Report of the Bombay Plague Committee
Disease focus: Plague
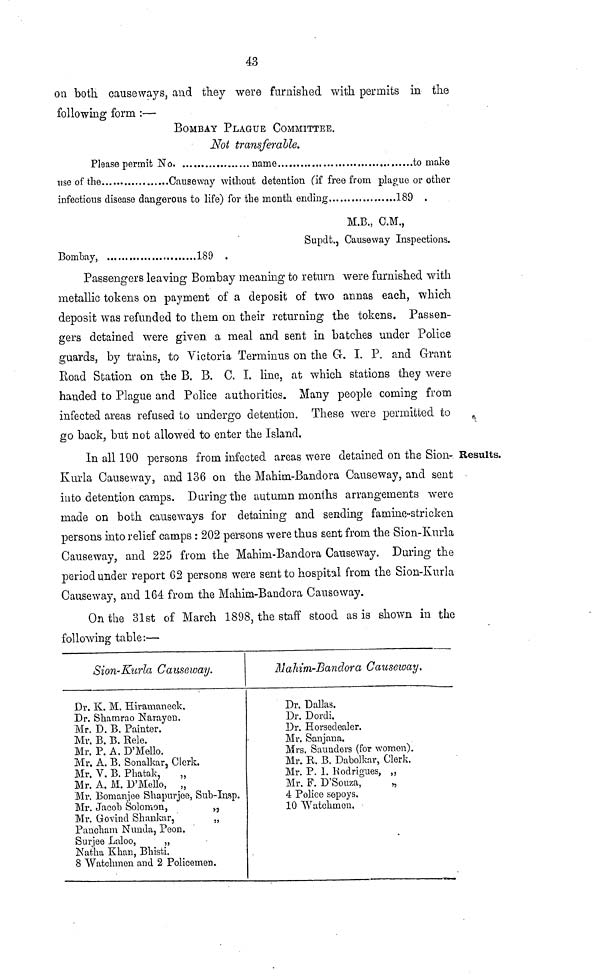
43
on both causeways, and they were furnished with permits in the
following form :—
BOMBAY PLAGUE COMMITTEE.
Not transferable.
Please permit No
name
to make
use of the
Causeway without detention (if free from plague or other
infectious disease dangerous to life) for the month ending
189 .
M.B., C.M.,
Supdt., Causeway Inspections.
Bombay,
189 .
Passengers leaving Bombay meaning to return were furnished with
metallic tokens on payment of a deposit of two annas each, which
deposit was refunded to them on their returning the tokens. Passen-
gers detained were given a meal and sent in batches under Police
guards, by trains, to Victoria Terminus on the G. I. P. and Grant
Road Station on the B. B. C. I. line, at which stations they were
handed to Plague and Police authorities. Many people coming from
infected areas refused to undergo detention. These were permitted to
go back, but not allowed to enter the Island.
Results.
In all 190 persons from infected areas were detained on the Sion-
Kurla Causeway, and 136 on the Mahim-Bandora Causeway, and sent
into detention camps. During the autumn months arrangements were
made on both causeways for detaining and sending famine-stricken
persons into relief camps : 202 persons were thus sent from the Sion-Kurla
Causeway, and 225 from the Mahim-Bandora Causeway. During the
period under report 62 persons were sent to hospital from the Sion-Kurla
Causeway, and 164 from the Mahim-Bandora Causeway.
On the 31st of March 1898, the staff stood as is shown in the
following table:—
Sion-Kurla Causeway.
Dr. K. M. Hiramaneck.
Dr. Shamrao Narayen.
Mr. D. B. Painter.
Mr. B. B. Rele.
Mr. P. A. D'Mello.
Mr. A. B. Sonalkar, Clerk.
Mr. V. B. Phatak,
Mr. A. M. D'Mello, „
Mr, Bomanjee Shapurjee, Sub-Insp.
Mr. Jacob Solomon,
„
Mr. Govind Shankar,
„
Pancham Nunda, Peon.
Surjee Laloo,
„
Natha Khan, Bhisti.
8 Watchmen and 2 Policemen.
Mahim-Bandora Causeway.
Dr. Dallas.
Dr. Dordi.
Dr. Horsedealer.
Mr. Sanjana.
Mrs. Saunders (for women).
Mr. R. B. Dabolkar, Clerk.
Mr. P. 1. Rodrigues, „
Mr. F. D'Souza,
„
4 Police sepoys.
10 Watchmen.